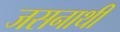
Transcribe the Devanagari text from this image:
जसनाथी